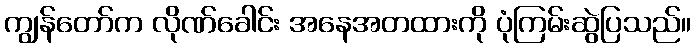
ကျွန်တော်က လိုဏ်ခေါင်း အနေအတထားကို ပုံကြမ်းဆွဲပြသည်။